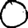
Digit: 0